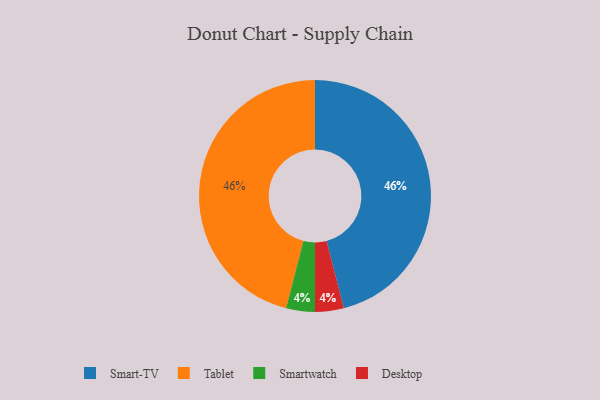
{"axis": {"x": "Category", "y": "Percentage"}, "legend": ["Desktop", "Smart-TV", "Smartwatch", "Tablet"], "data": [{"x": "Smart-TV", "y": 46, "type": "Smart-TV"}, {"x": "Smartwatch", "y": 4, "type": "Smartwatch"}, {"x": "Tablet", "y": 46, "type": "Tablet"}, {"x": "Desktop", "y": 4, "type": "Desktop"}]}